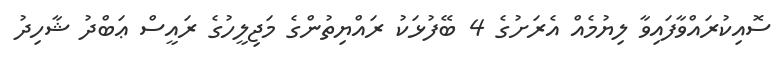
ސޮއިކުރައްވާފައިވާ ލިޔުމެއް އެރަށުގެ 4 ބޭފުޅަކު ރައްޔިތުންގެ މަޖިލީހުގެ ރައީސް ޢަބްދު ޝާހިދު